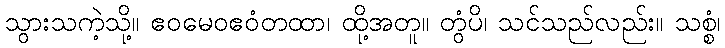
သွားသကဲ့သို့။ ဧဝမေဝဧဝံတထာ၊ ထို့အတူ။ တွံပိ၊ သင်သည်လည်း။ သစ္စံ၊